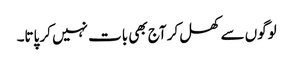
لوگوں سے کھل کر آج بھی بات نہیں کر پاتا۔